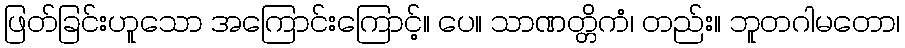
ဖြတ်ခြင်းဟူသော အကြောင်းကြောင့်။ ပေ။ သာဏတ္တိကံ၊ တည်း။ ဘူတဂါမတော၊